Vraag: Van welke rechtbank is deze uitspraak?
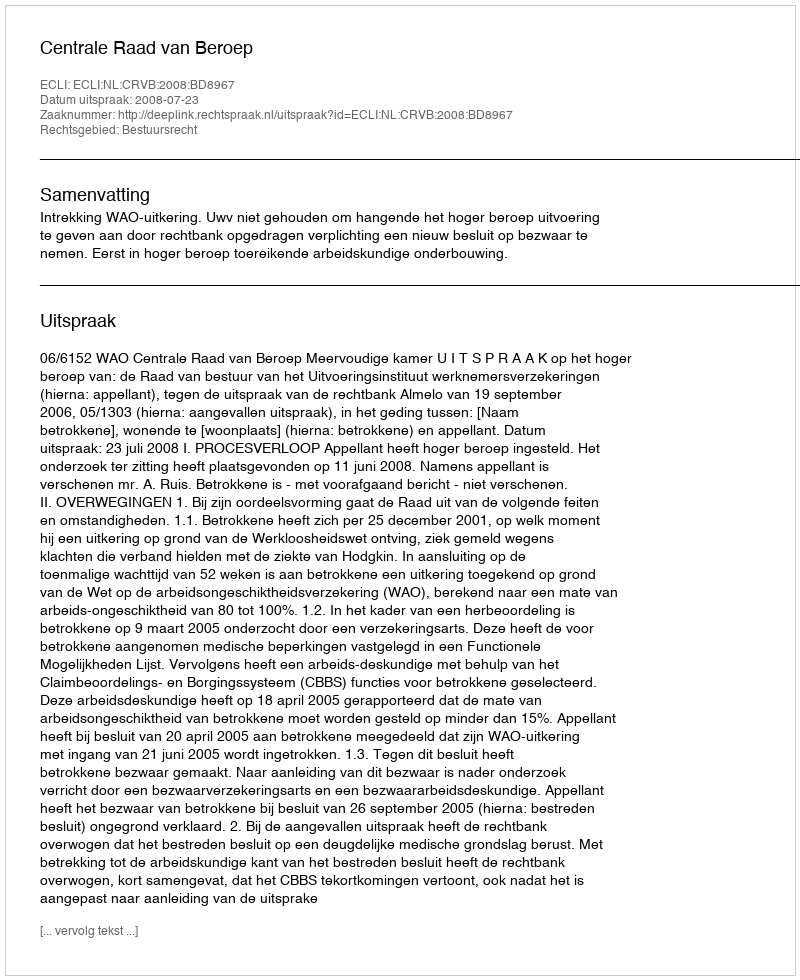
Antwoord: Centrale Raad van Beroep